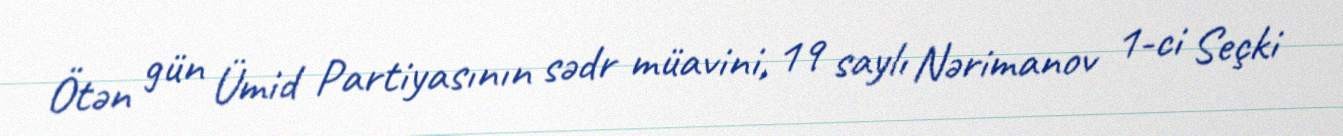
Ötən gün Ümid Partiyasının sədr müavini, 19 saylı Nərimanov 1-ci Seçki